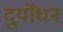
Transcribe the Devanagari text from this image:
दुर्योंधन